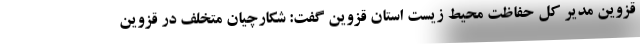
قزوین مدیر کل حفاظت محیط زیست استان قزوین گفت: شکارچیان متخلف در قزوین